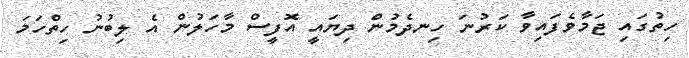
ހިތުގައި ޖަމާވެފައިވާ ކަރުނަ ހިނދެމުން ދިޔައީ އޮފީސް މާހަލުން އެ ލިބުނު ހިތްހަމަ